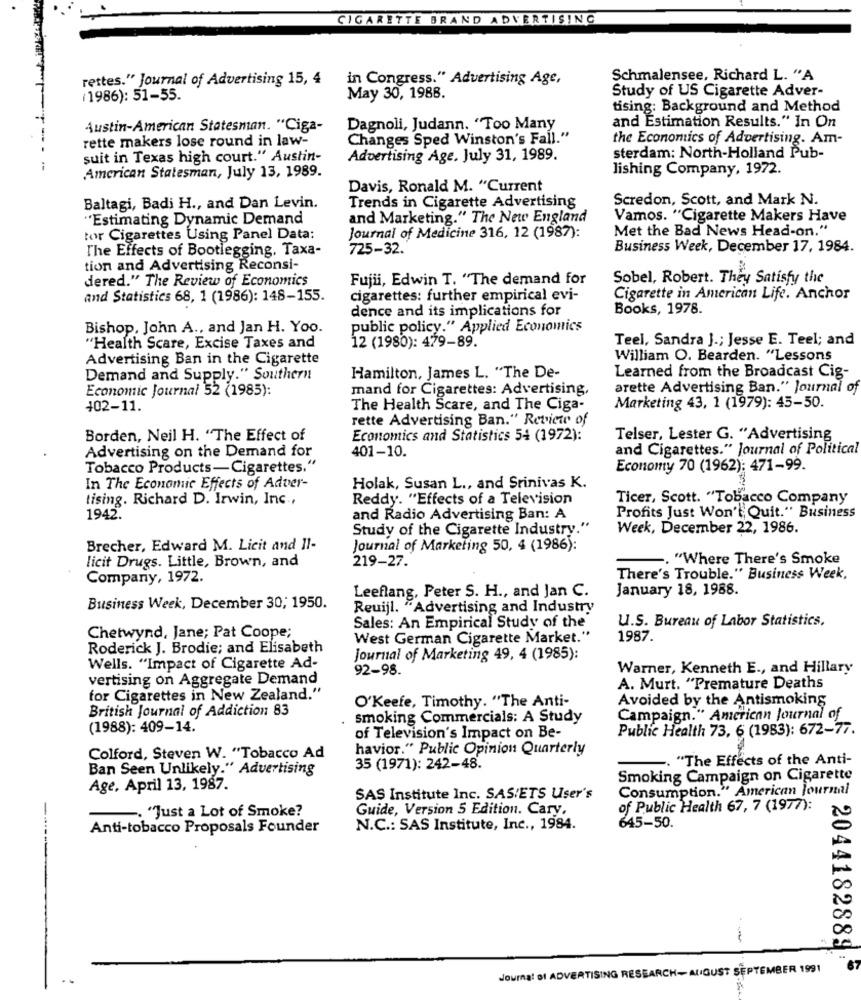
CIGARETTE BRAND ADVERTISING
rettes." Journal of Advertising 15, 4
in Congress." Advertising Age,
Schmalensee, Richard L. "A
Study of US Cigarette Adver-
(1986): 51-55.
May 30, 1988.
tising: Background and Method
Austin-American Statesman. "Ciga-
Dagnoli, Judann. "Too Many
and Estimation Results." In On
rette makers lose round in law-
Changes Sped Winston's Fall."
the Economics of Advertising. Am-
suit in Texas high court." Austin-
Advertising Age. July 31, 1989.
sterdam: North-Holland Pub-
American Statesman, July 13, 1989.
lishing Company, 1972.
Davis, Ronald M. "Current
Scredon, Scott, and Mark N.
Baltagi, Badi H ., and Dan Levin.
Trends in Cigarette Advertising
"Estimating Dynamic Demand
and Marketing." The New England
Vamos. "Cigarette Makers Have
Met the Bad News Head-on."
tor Cigarettes Using Panel Data:
Journal of Medicine 316, 12 (1987):
The Effects of Bootlegging. Taxa-
725-32.
Business Week, December 17, 1984.
tion and Advertising Reconsi-
dered." The Review of Economics
Fujii, Edwin T. "The demand for
Sobel, Robert. They Satisfy the
and Statistics 68, 1 (1986): 148-155.
cigarettes: further empirical evi-
Cigarette in American Life. Anchor
dence and its implications for
Books, 1978.
Bishop, John A ., and Jan H. Yoo.
public policy." Applied Economics
12 (1980): 479-89.
Teel, Sandra J .; Jesse E. Teel; and
"Health Scare, Excise Taxes and
Advertising Ban in the Cigarette
William O. Bearden. "Lessons
Demand and Supply." Southern
Hamilton, James L. "The De-
Learned from the Broadcast Cig-
Economic Journal 52 (1985):
mand for Cigarettes: Advertising,
arette Advertising Ban." Journal of
+02-11.
The Health Scare, and The Ciga-
Marketing 43, 1 (1979): 45-50.
rette Advertising Ban." Review of
Borden, Neil H. "The Effect of
Economics and Statistics 54 (1972):
Telser, Lester G. "Advertising
and Cigarettes." Journal of Political
Advertising on the Demand for
401-10.
Tobacco Products-Cigarettes."
Economy 70 (1962): 471-99.
In The Economic Effects of Adver-
Holak, Susan L ., and Srinivas K.
tising. Richard D. Irwin, Inc .,
Reddy. "Effects of a Television
Ticer, Scott. "Tobacco Company
Profits Just Won't, Quit." Business
1942.
and Radio Advertising Ban: A
Study of the Cigarette Industry."
Week, December 22, 1986.
Brecher, Edward M. Licit and 11-
Journal of Marketing 50, 4 (1986):
licit Drugs. Little, Brown, and
219-27.
"Where There's Smoke
Company, 1972.
There's Trouble." Business Week,
Leeflang, Peter S. H ., and Jan C.
January 18, 1988.
Business Week, December 30; 1950.
Reuijl. "Advertising and Industry
U.S. Bureau of Labor Statistics,
Sales: An Empirical Study of the
Chetwynd, Jane; Pat Coope;
West German Cigarette Market."
1987.
Roderick J. Brodie; and Elisabeth
Journal of Marketing 49, 4 (1985):
Wells. "Impact of Cigarette Ad-
92-98.
Warner, Kenneth E ., and Hillary
vertising on Aggregate Demand
A. Murt. "Premature Deaths
for Cigarettes in New Zealand."
Avoided by the Antismoking
British Journal of Addiction 83
O'Keefe, Timothy. "The Anti-
smoking Commercials: A Study
Campaign." American Journal of
(1988): 409-14.
of Television's Impact on Be-
Public Health 73, 6 (1983): 672-77.
havior." Public Opinion Quarterly
Colford, Steven W. "Tobacco Ad
-. "The Effects of the Anti-
Ban Seen Unlikely." Advertising
35 (1971): 242-48.
Smoking Campaign on Cigarette
Age. April 13, 1987.
Consumption." American Journal
SAS Institute Inc. SAS/ETS User's
Guide, Version 5 Edition. Cary,
of Public Health 67, 7 (1977):
- "Just a Lot of Smoke?
Anti-tobacco Proposals Founder
N.C .: SAS Institute, Inc ., 1984.
645-50.
------
2044182889
Journal of ADVERTISING RESEARCH- AUGUST SEPTEMBER 1991